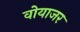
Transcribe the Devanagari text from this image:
वोयाजर